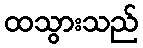
ထသွားသည်